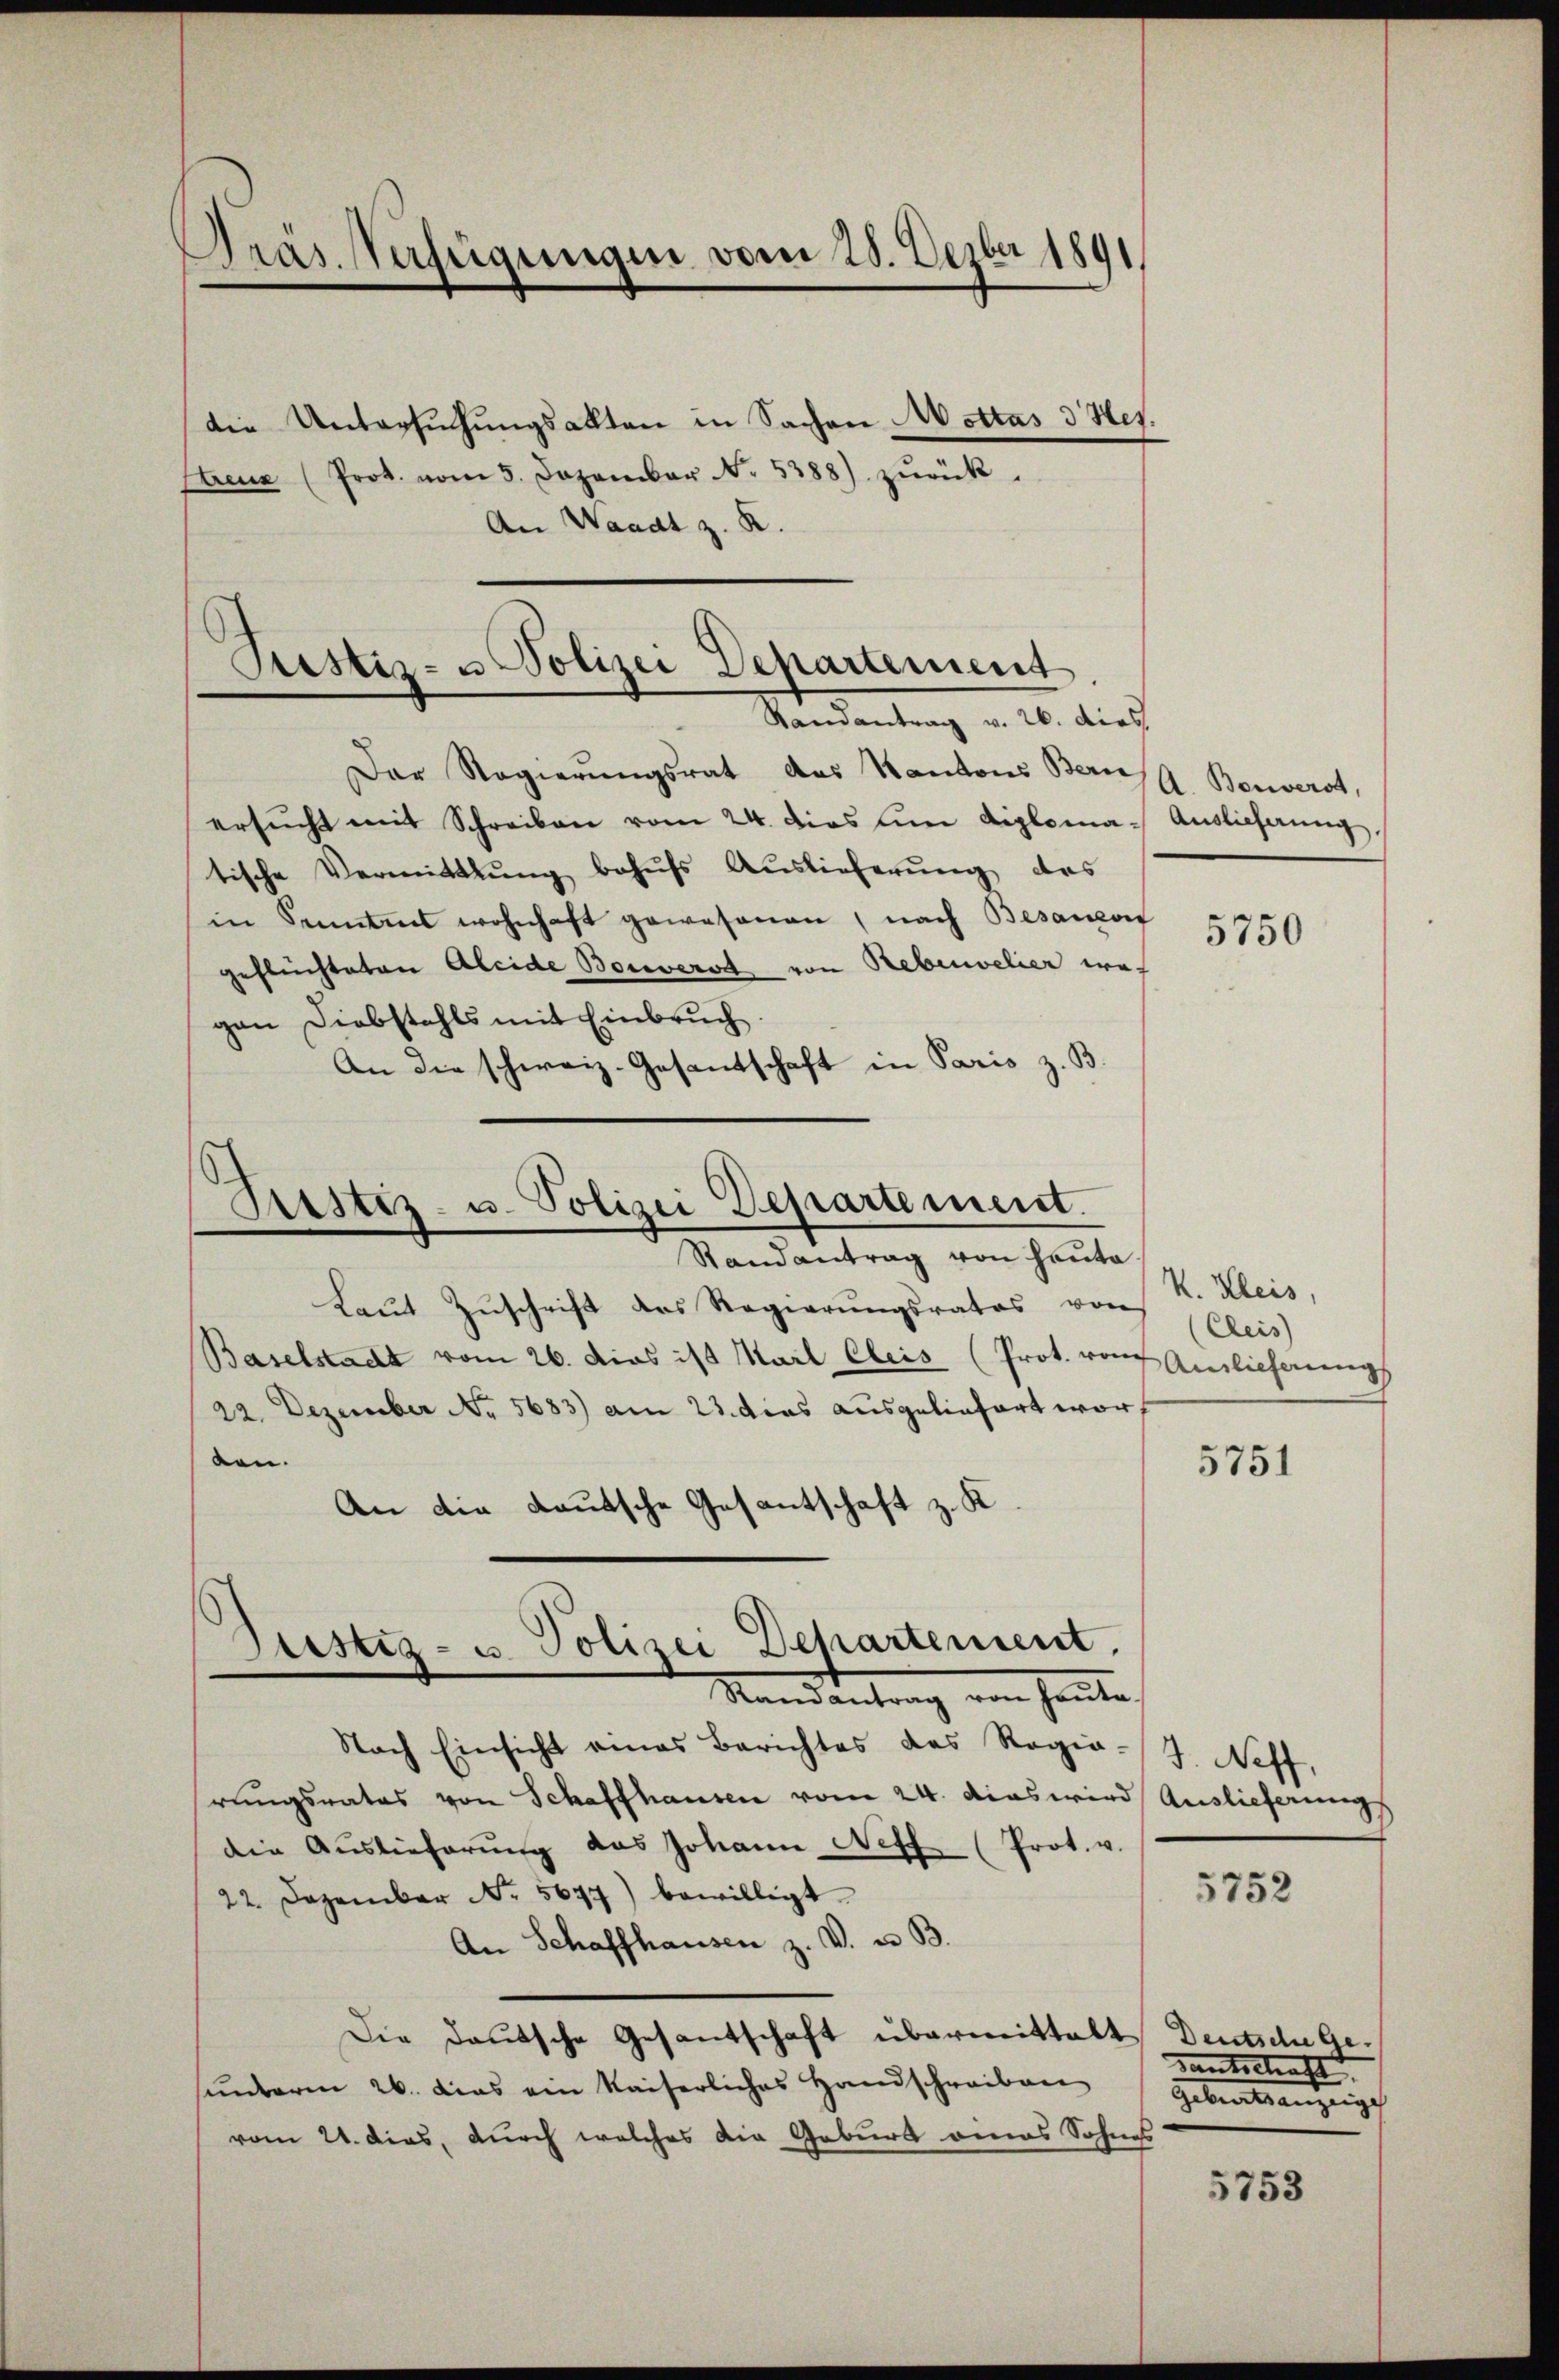
Präs. Verfügungen vom 28. Dezbr 1891
die Untersŭchŭngsakten in Sachen Mottas d Het.
Streux (Prot. vom 5. Dezember No. 5388) zŭrück.

An Waadt z. R.

Rustiz- u Polizei Departement
Randantrag v. 26. dies

)
Aristiz- u. Polizei Departement.
Randantrag von Hauta

den.
An die deutsche Gesantschaft z. K
Justiz- u. Polizei Departement.
Mandantrag von heute

Der Regierŭngsrat des Kantons Bern Benverst,
ersŭcht mit Schreiben vom 24. dies um diploma- Auslieferung,
tische Vermittlung behŭfs Auslieferŭng des
in Sonntens wohnhaft gewesenen, nach Besanor
geflüchteten Aleide Bonverst von Nebenvelier wegen Diebstahls mit Einbruch
An die schweiz. Gesantschaft in Paris z. B

Laut Zuschrift des Regierungsrates vor (Cleis
Baselstadt vom 26. dies ist Marl Cleis (Prot. von Auslicherungs
22. Dezember No. 5683) am 23. dies ausgeliefert wor
Nach Einsicht eines Berichtes das Regie-J. Neff
rungsrates von Schaffhausen vom 24. dies wird Auslieferungs
die Auslieferŭng das Johann Neff (Prot. v.
22. Dezember No. 5677) bewilligt.
An Schaffhausen z. V. u. B.
Die Deutsche Gesantschaft übermittalt Deutsche Gesunderm 26. dies ein Kaiserliches Handschreiben
vom 21. dies, durch welches die Geburt dieas Sohnes

5750

V. Kleis,

5751

5752

Lantschaft
Gebenstanzeig

5753